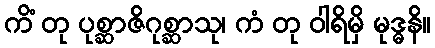
ကိံ တု ပုစ္ဆာဇိဂုစ္ဆာသု၊ ကံ တု ဝါရိမှိ မုဒ္ဓနိ။